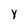
Character: Y